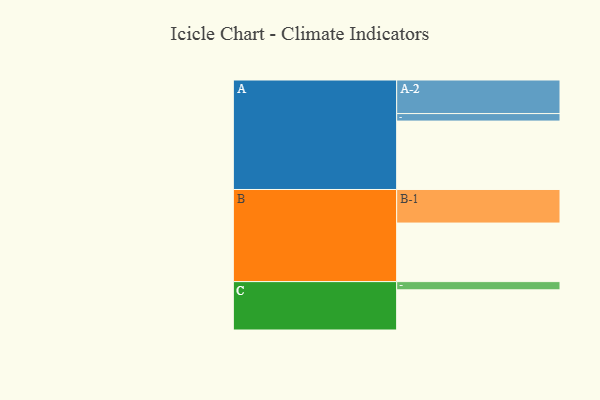
{"axis": {"x": "Segment", "y": "Value"}, "legend": ["", "A", "B", "C"], "data": [{"x": "A", "y": 591, "type": ""}, {"x": "B", "y": 506, "type": ""}, {"x": "C", "y": 347, "type": ""}, {"x": "A-1", "y": 65, "type": "A"}, {"x": "A-2", "y": 290, "type": "A"}, {"x": "B-1", "y": 290, "type": "B"}, {"x": "C-1", "y": 71, "type": "C"}]}